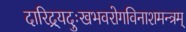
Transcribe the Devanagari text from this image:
दारिद्र्यदुःखभवरोगविनाशमन्त्रम्